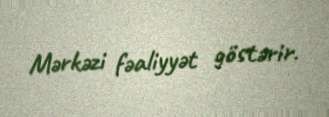
Mərkəzi fəaliyyət göstərir.